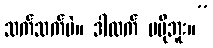
သက်သက်ပဲ။ ဒါထက် မပိုဘူး။”